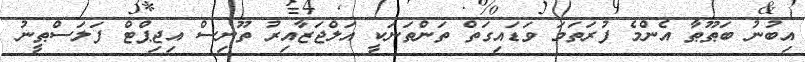
އިބުނު ބަޠޫޠާ އެންމެ ފުރަތަމަ ވަޑައިގަތް ތަންތަނަކީ އަލްޖަޒާއިރު ތޫނިސް އިޖިޕްޓް ފަލަސްޠީނު